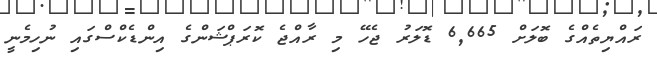
ރައްޔިތެއްގެ ބޮލަށް 6